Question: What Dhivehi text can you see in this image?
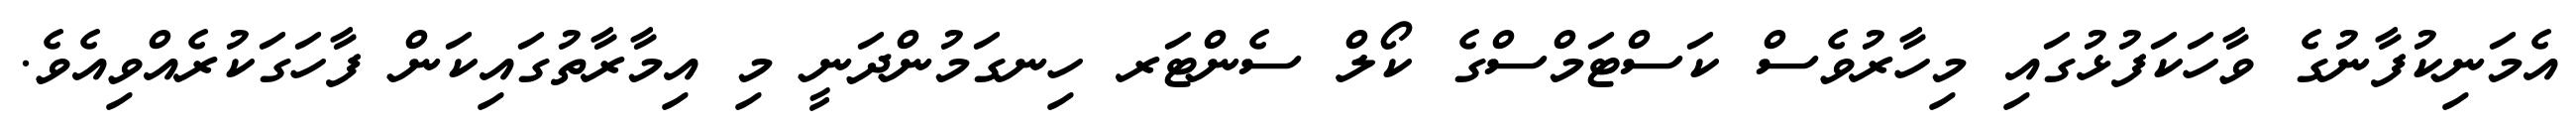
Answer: އެމަނިކުފާނުގެ ވާހަކަފުޅުގައި މިހާރުވެސް ކަސްޓަމްސްގެ ކޯލް ސެންޓަރ ހިނގަމުންދަނީ މި އިމާރާތުގައިކަން ފާހަގަކުރެއްވިއެވެ.